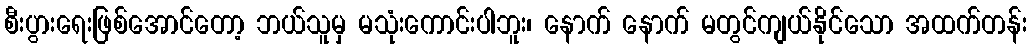
စီးပွားရေးဖြစ်အောင်တော့ ဘယ်သူမှ မသုံးကောင်းပါဘူး၊ နောက် နောက် မတွင်ကျယ်နိုင်သော အထက်တန်း